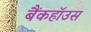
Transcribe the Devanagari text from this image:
बैंकहॉउस